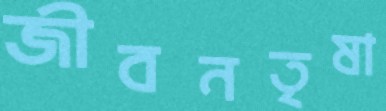
জীবনতৃষা